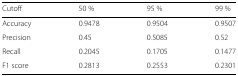
<table><thead><tr><td><b>Cutoff</b></td><td><b>50 %</b></td><td><b>95 %</b></td><td><b>99 %</b></td></tr></thead><tbody><tr><td>Accuracy</td><td>0.9478</td><td>0.9504</td><td>0.9507</td></tr><tr><td>Precision</td><td>0.45</td><td>0.5085</td><td>0.52</td></tr><tr><td>Recall</td><td>0.2045</td><td>0.1705</td><td>0.1477</td></tr><tr><td>F1 score</td><td>0.2813</td><td>0.2553</td><td>0.2301</td></tr></tbody></table>